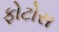
ફોટોસ